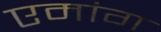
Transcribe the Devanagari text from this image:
एमांग